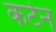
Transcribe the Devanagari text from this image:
कर्टन